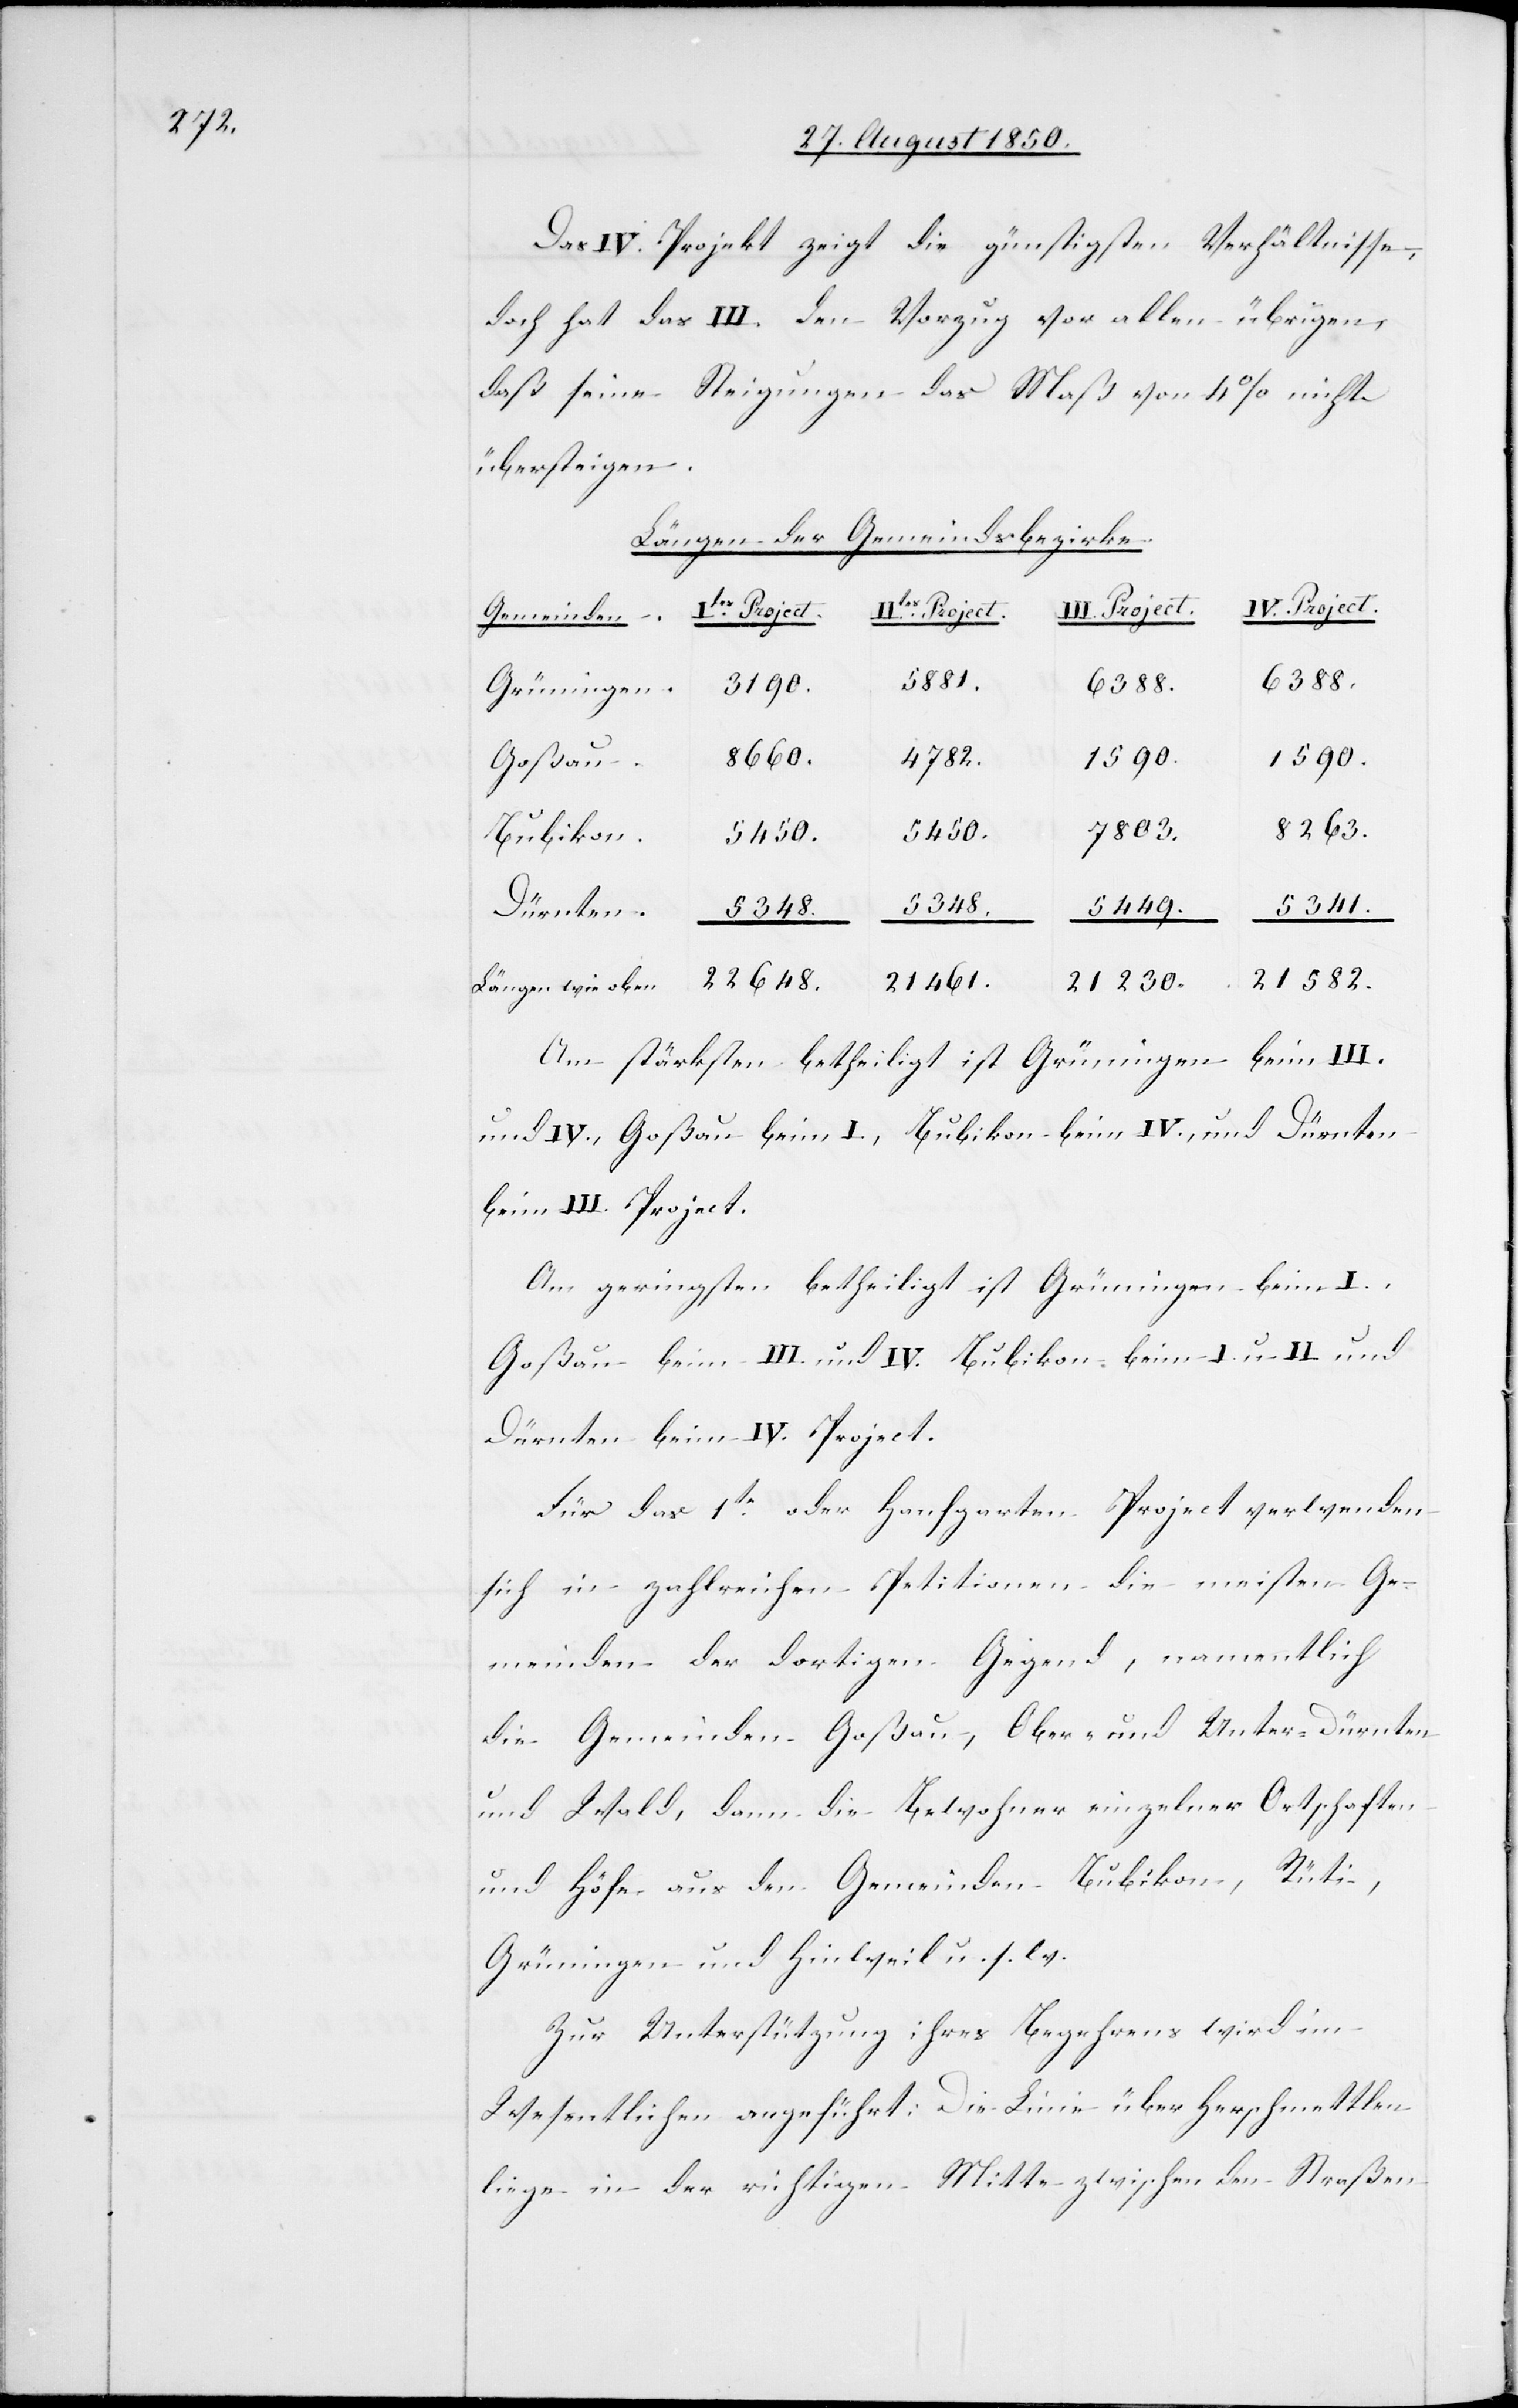
21 461.

Das IV. Projekt zeigt die günstigsten Verhältnisse,
doch hat das III. den Vorzug vor allen übrigen,
daß seine Steigungen das Maß von 4 % nicht
übersteigen.
Längen der Gemeindsbezirke
Ober-Dürnten
IV. Project.
Gemeinden
5348.
5341.
21 230.
Grüningen.
8660.
1590.
1590.
21 582.
Goßau,
22 648.
7803.
5450.
5450.
Bubikon.
Dürnten.
5348.
Am stärksten betheiligt ist Grüningen beim III.
und IV., Goßau beim I., Bubikon beim IV., und Dürnten
beim III. Project.
Am geringsten betheiligt ist Grüningen beim I.,
Goßau bei III. und IV.[,] Bubikon beim I. u. II. und
Dürnten beim IV. Project.
Für das 1te oder Hanfgarten Project verwenden
sich in zahlreichen Petitionen die meisten Ge¬
meinden der dortigen Gegend, namentlich
und Wald, dann die Bewohner einzelner Ortschaften
und Höfe aus den Gemeinden Bubikon, Rüti,
Grüningen und Hinweil u. s. w.
Zur Unterstützung ihres Begehrens wird im
Wesentlichen angeführt: Die Linie über Herschmettlen
liege in der richtigen Mitte zwischen den Straßen